Subject: physics
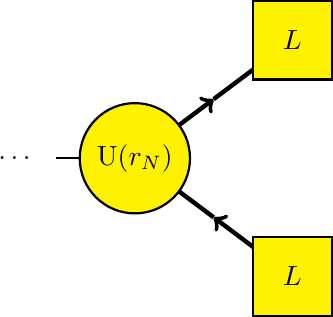
LaTeX code:
    \begin{tikzpicture}
    \draw[thick] (-3,0)--(-2,0);
    \draw[ultra thick,->] (-2,0)--(-1,1.5/2);
    \draw[ultra thick] (0,1.5)--(-1,1.5/2);
    \draw[ultra thick] (-2,0)--(-1,-1.5/2);
    \draw[ultra thick,->] (0,-1.5)--(-1,-1.5/2);
        \draw[fill=yellow,thick] (-2,0) circle (0.7);
        \draw[fill=yellow,thick] (-0.5,1) rectangle (0.5,2);
        \draw[fill=yellow,thick] (-0.5,-1) rectangle (0.5,-2);
        \node at (-2,0) {U($r_{N}$)};
        \node at (-3.5,0) {\dots};
        \node at (0,1.5) {$L$};
        \node at (0,-1.5) {$L$};
    \end{tikzpicture}